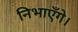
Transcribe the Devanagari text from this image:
निभाएँगे।